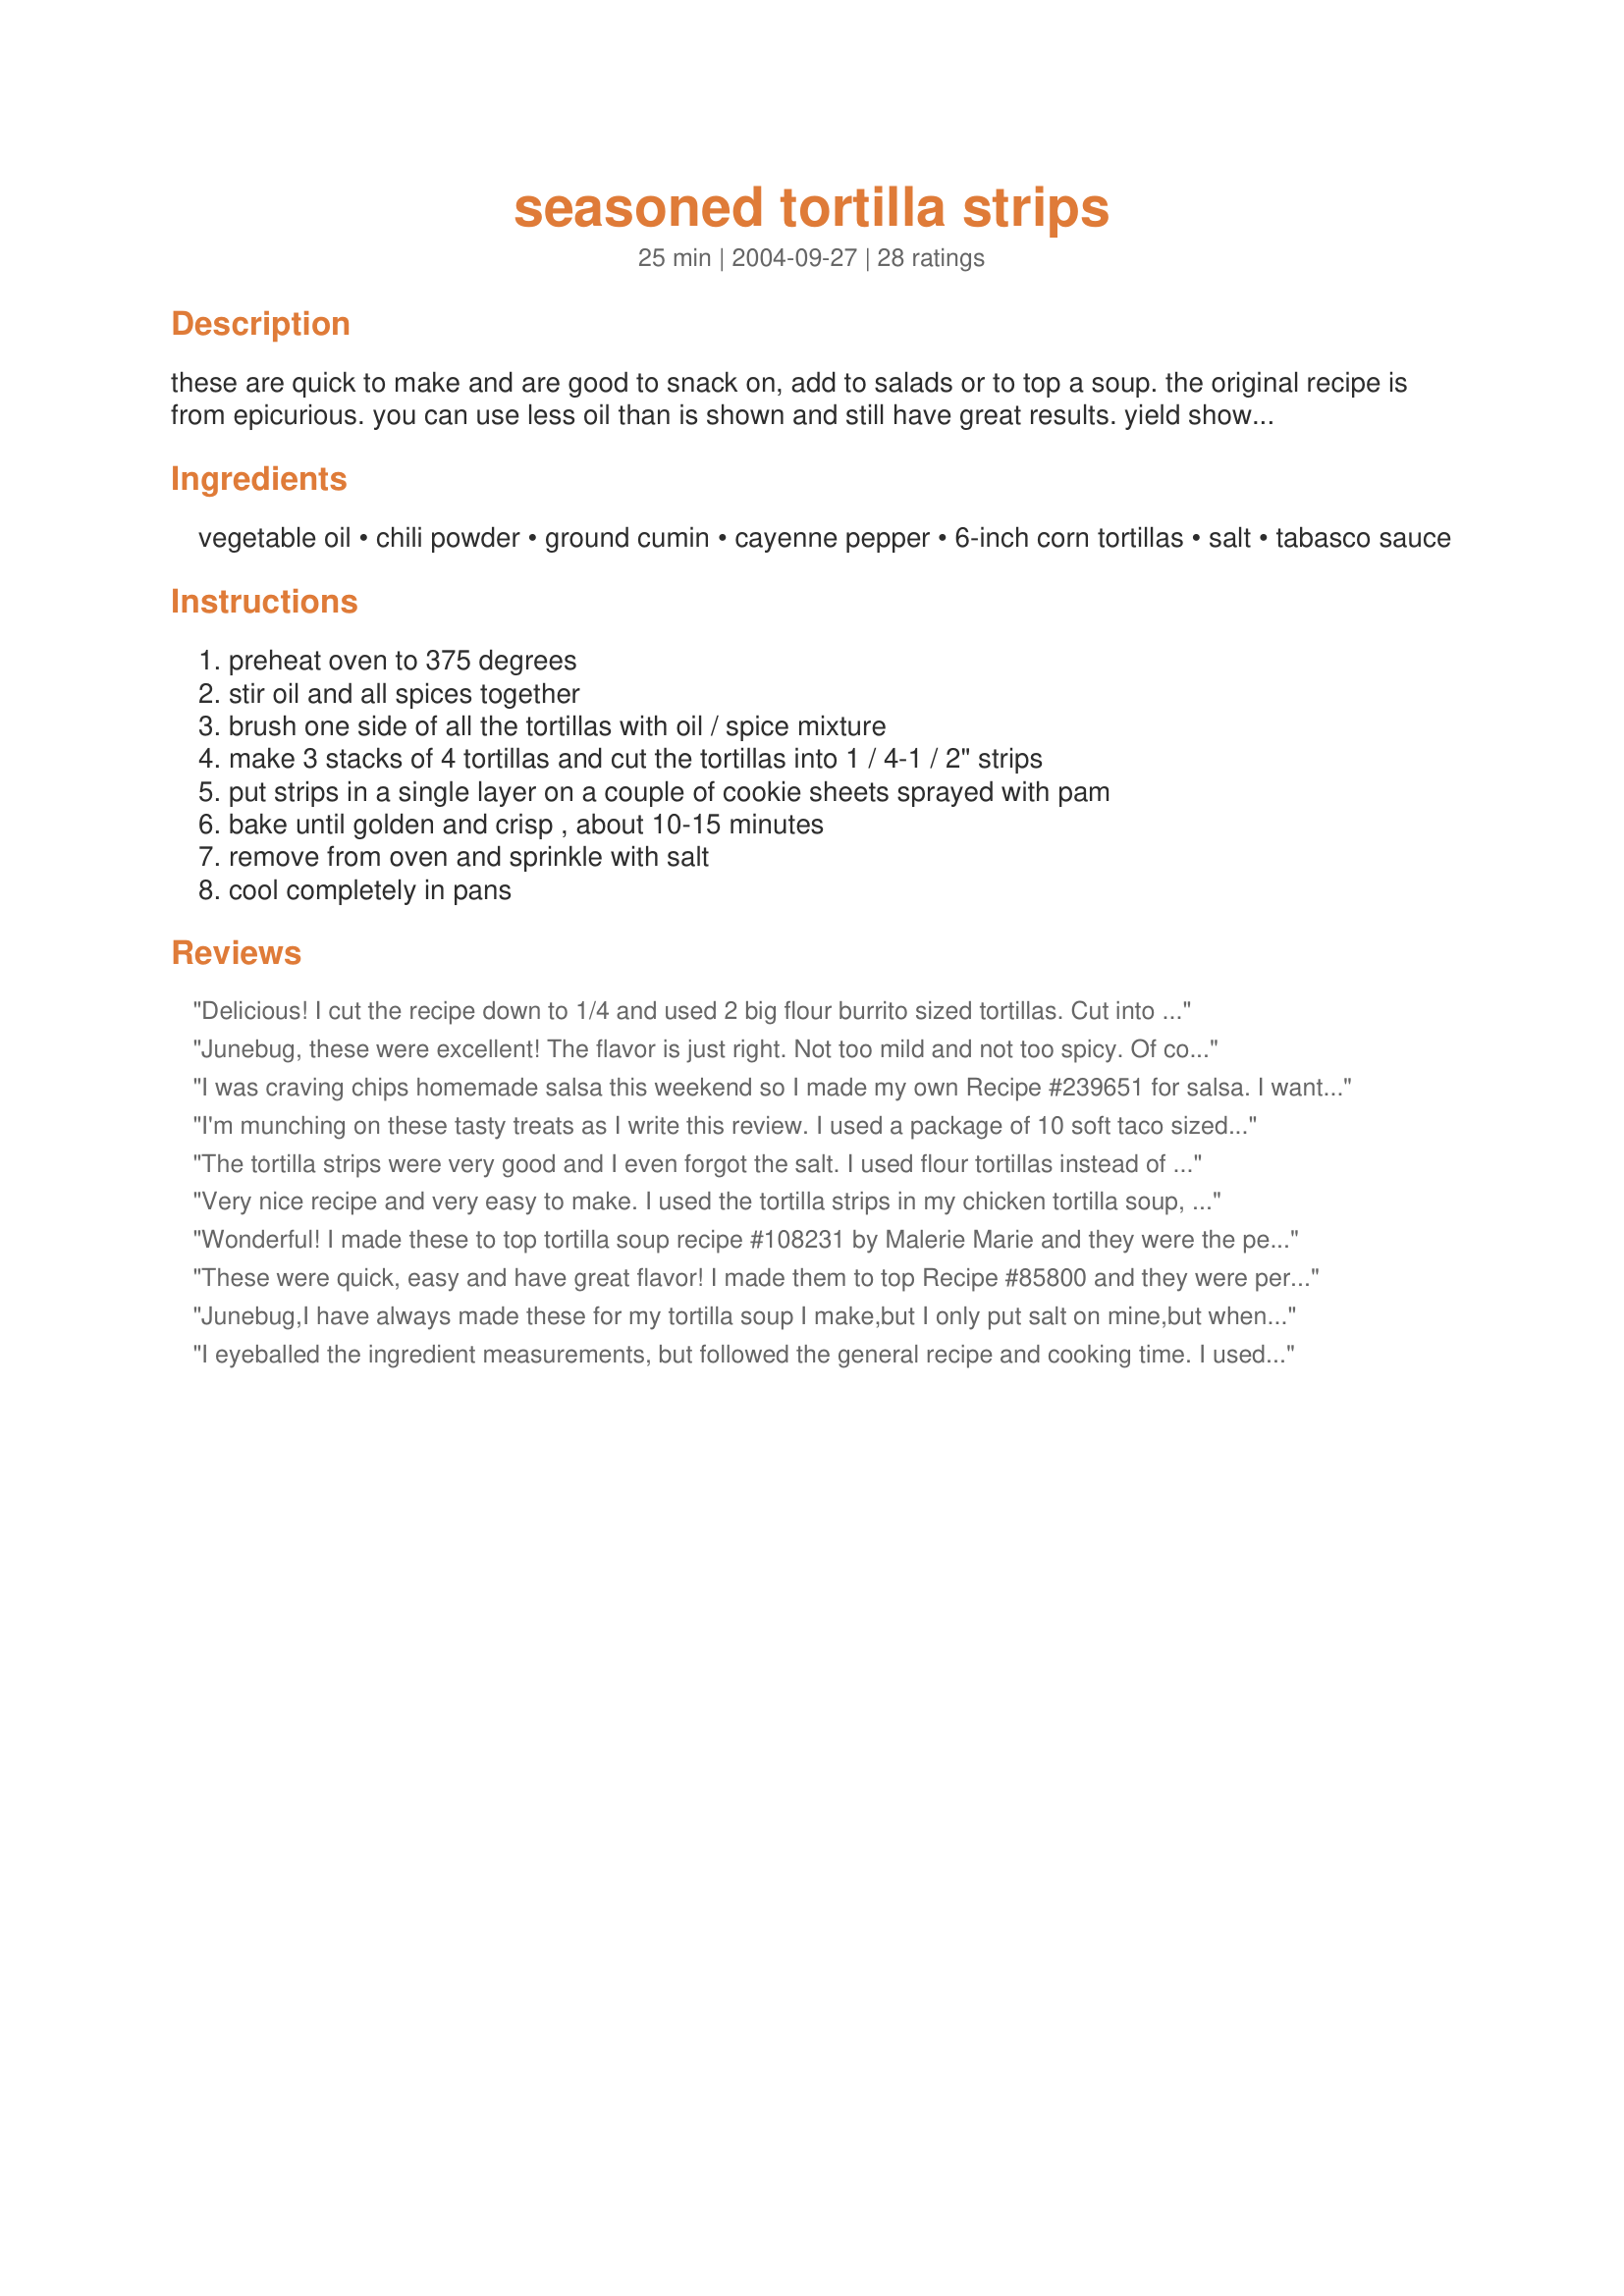
seasoned tortilla strips
Preparation time: 25 minutes

these are quick to make and are good to snack on, add to salads or to top a soup. the original recipe is from epicurious. you can use less oil than is shown and still have great results. yield shown in recipe is a guesstimate.

Ingredients:
vegetable oil, chili powder, ground cumin, cayenne pepper, 6-inch corn tortillas, salt, tabasco sauce

Steps:
preheat oven to 375 degrees, stir oil and all spices together, brush one side of all the tortillas with oil / spice mixture, make 3 stacks of 4 tortillas and cut the tortillas into 1 / 4-1 / 2" strips, put strips in a single layer on a couple of cookie sheets sprayed with pam, bake until golden and crisp , about 10-15 minutes, remove from oven and sprinkle with salt, cool completely in pans

Reviews:
Delicious! I cut the recipe down to 1/4 and used 2 big flour burrito sized tortillas. Cut into super thin strips and served over a southwestern grilled chicken salad. YUM! I'll be snacking on these tomorrow! Thanks!
Junebug, these were excellent! The flavor is just right. Not too mild and not too spicy. Of course all ovens are different, so watch the strips very closely so they do not burn. Thanks for posting!
I was craving chips homemade salsa this weekend so I made my own Recipe #239651 for salsa. I wanted to try these chips but was afraid not to have backups just in case so I bought store brand chips too. Because of some of the other reviews I tried both the corn and the flour. Although I didn't care too much for the flour ones, my Dad loved them. But we all loved the corn version made exactly as directed in the recipe (with 1/4 teaspoon cayenne). These were SOOOO good that my Dad ate them without the salsa saying they were good just as they were. And we all agreed with him. Easy to make, and delicious - I will make these very often! Anyone want a bag of store bought tortilla chips?
I'm munching on these tasty treats as I write this review. I used a package of 10 soft taco sized flour tortillas and had quite a bit of oil mixture left. I could probably have used two packages with this recipe. That being said, these are extremely addicting as a snack. I added 1 tsp. of fine sea salt to the oil mixture, stirring well to dissolve before spreading it on the tortillas. Perfect! I'll be using this recipe again for sure!
The tortilla strips were very good and I even forgot the salt. I used flour tortillas instead of corn. In addition to making the tortilla strips, I also used this seasoning on flour tortillas to make salad bowls for taco salad. I'll be using this recipe from now on. Thank you for posting.
Very nice recipe and very easy to make. I used the tortilla strips in my chicken tortilla soup, but they would also be good in a salad.
Wonderful! I made these to top tortilla soup recipe #108231 by Malerie Marie and they were the perfect accompaniment. I made as posted although I did end up baking for about 25-30 minutes, checking them every 5 minutes so they did not burn. They came out perfectly crisp and flavorful. Thanks so much for posting a spicy keeper!
These were quick, easy and have great flavor! I made them to top Recipe #85800 and they were perfect. I think they would be great on salad also so will be saving this recipe!
Junebug,I have always made these for my tortilla soup I make,but I only put salt on mine,but when I read this recipe I had to try it,MY Goodnes but these are so good,I will make them like this from now on. Thanks so much,Darlene
I eyeballed the ingredient measurements, but followed the general recipe and cooking time. I used these on my homemade "Chik'n" Tortilla soup and they were delicious. Very crispy. I'll be making these again.
These were quite good and very simple! While they were just good by themselves, the flavor they took on after being submerged in recipe #108231 for a minute was totally delicious!
These were pretty good. I changed the seasoning around a bit and spritzed them with oil instead. I think they could've been a little better in texture though. Next time, I'll try them your way and tweak the oven temp. Served them with a cauliflower bisque.
Oh Yummy! This is so much easier and less greasy then trying to fry them in oil. They taste so much better too! I added the full amount of cayenne and love the zip it gave them. They are fun to nibble on too! I'm so glad I made these!
Excellent! I used slightly less oil. It was perfect. I baked for about 12 minutes. I like the salt on it, so may add salt before it is baked next time.
Reviewing as I'm making these. Cooking time is a bit longer, but that's my own fault because I put more than a single layer on the baking sheets. Just the right amount of seasoning and they will be a great compliment to the White Bean Chicken Chili I made for my work tomorrow. Didn't use a chili recipe from here as two of the men I work with swear their wives' are the best. So I combined their recipes (to make everyone happy). Thanks again for a great compliment to my chili :o)
These are GREAT!!!! Wow! These are so easy, but they taste wonderful! I served mine as an appetizer with some fresh pico de gallo. I sliced them thick, but you could slice them really thin, and use them as a garnish. The possiblities are endless!
These tortilla strips were really good. I made them to go on chicken tortilla soup.
Very good. I cut the tortillas into wedges after seasoning and baked them as tortilla chips.
Easy and quick recipe. Great for Recipe #108231. Thanks for posting. I really enjoyed the flavor in the soup, and was happy not to have to fry these. I did not add salt and it still was great.
Yum! I've been trying to get away from store-bought snacks. These are addictive.

I'm going to start making whole-wheat tortillas from another recipe here, and then snack strip them. WooHoo!

(Gonna use my pasta machine to make the tortillas thin).
Just right and very simple. I made extra because I found we were eating them before the tortilla soup was done.
When cut really thin, these can be sprinked on a salad with some mandarin oranges. Makes a healthy asian salad and these strips are a much healthier alternative than the deep fried wonton wraps they use!
YUM!!! I, too, have been trying to make more healthy snacks at home. These are delicious!! I made them just as the recipe said with olive oil. I'll serve them with chicken tortilla soup and just snack on them. So easy and so much flavor. Thanks for a keeper of a recipe!
EXCELLENT..made as stated with the tabasco added..
DO BE VERY CAREFUL in the baking times..I burnt my 1st pan..had timer set for 10 minutes..BURNT..
all ovens do differ..mine must be on the high side..
2nd pan went in sat timer for 5 minutes..turned oven OFF cracked door and left in for 5 more..PERFECTION!!!

guess like anything else 1st time
go low and check frequently..KNOW YOUR OVEN

these are great and easy
We love these. I could just sit and eat them like chips but I try to save them for the tortilla soup!
These were great! I forgot to put the salt on at the end though, but I still loved them. I sprinkled them over The Best Tortilla Soup by Lorenlou (#85800)and it was delicious! Watch them closely to ensure they don't burn. I used flour tortillas. Awesome!
I made these last night to put on top of a Tortilla Soup Recipe I found on this site as well, and THEY ARE SOOOO DELICIOUS!! I had a hard time not eating them before the soup was ready.
These came out so great! I made them with the amazing chicken tortilla soup, and it was the perfect addition. I made both corn tortilla strips and I also made it out of whole wheat tortillas. The whole wheat took less time- but you could hardly tell the difference in the flavor! Thanks for the recipe!
